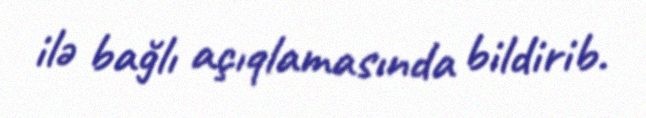
ilə bağlı açıqlamasında bildirib.